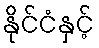
နိုင်ငံနှင့်